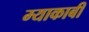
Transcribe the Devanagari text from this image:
म्याकाबी